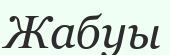
Жабуы